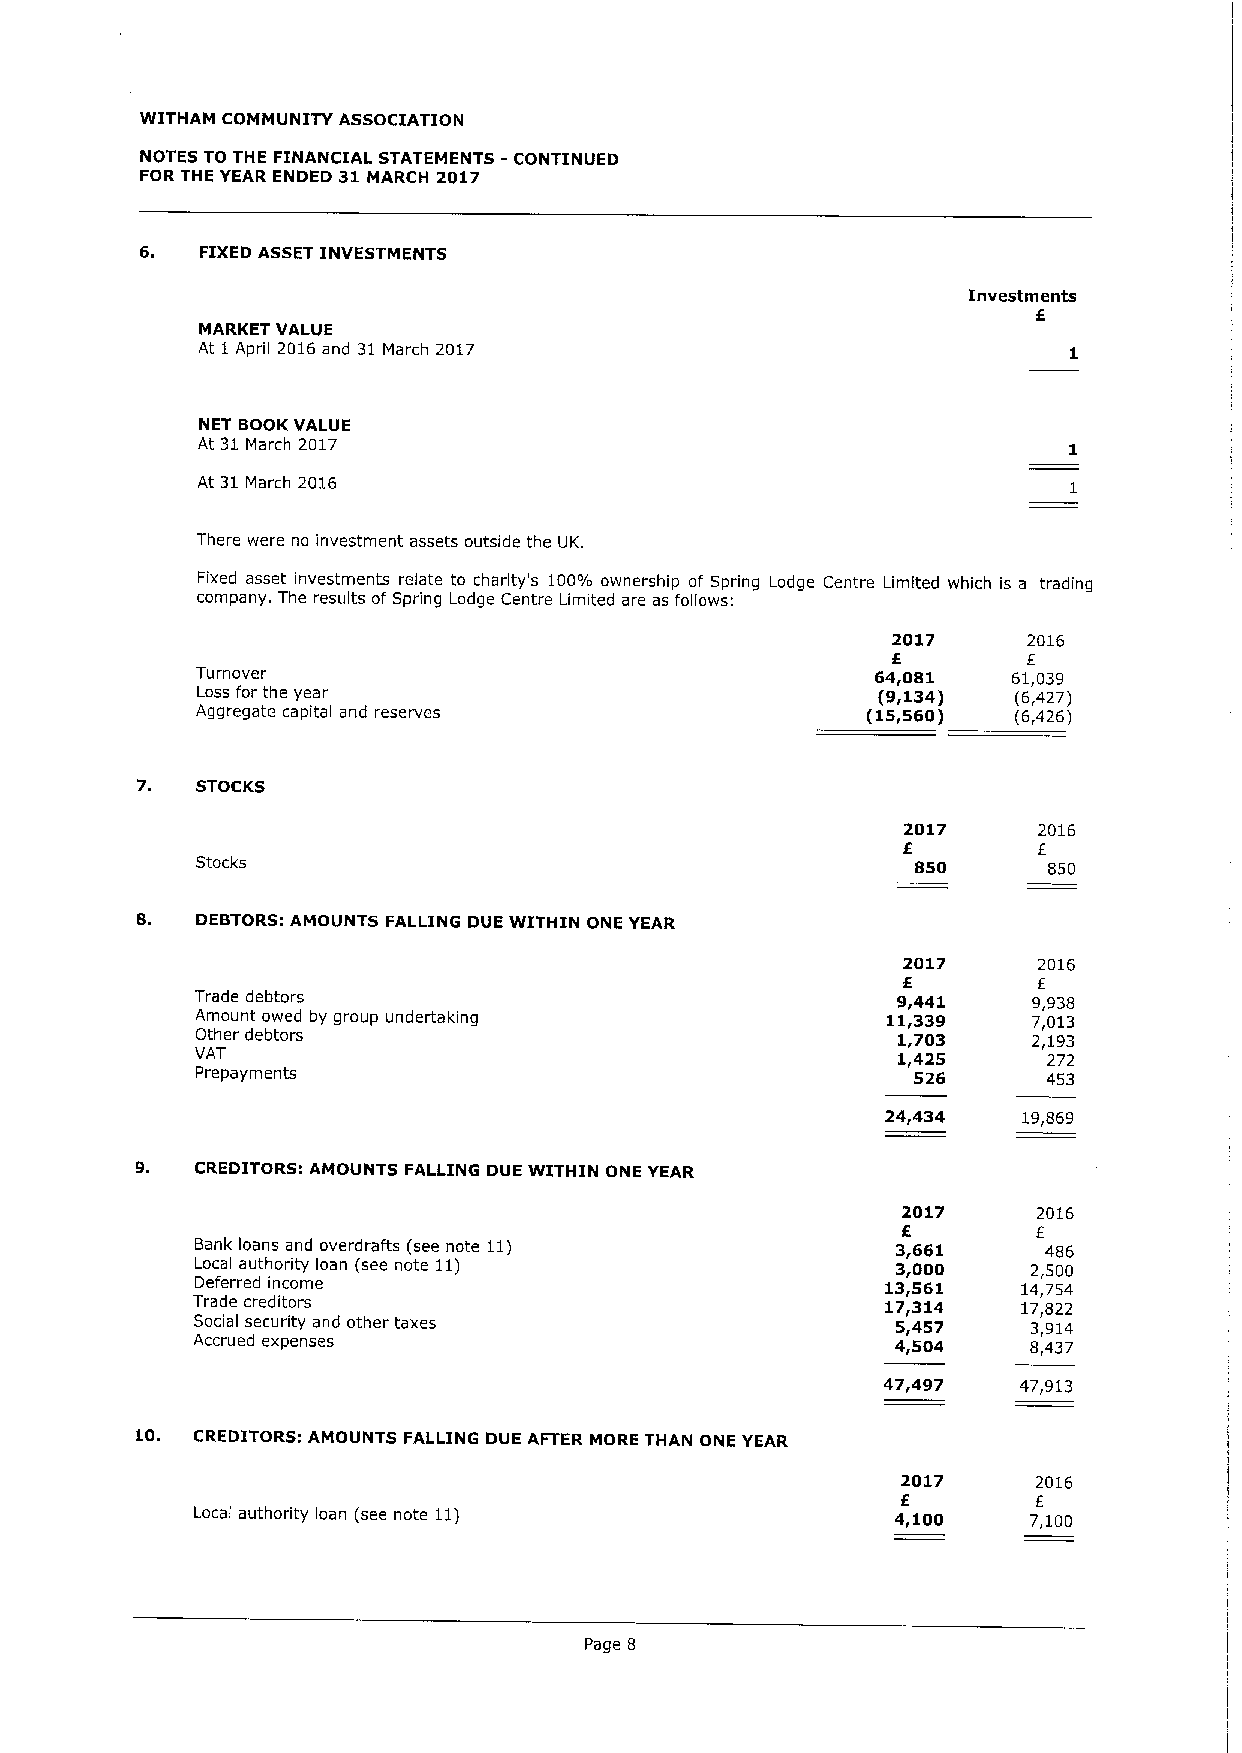
WITHAM COMMUNITY ASSOCIATION
 NOTES TO THE FINANCIAL STATEMENTS - CONTINUED
 FOR THE YEAR ENDED 31 MARCH 2017
 6.  FIXED ASSET INVESTMENTS
 Investments
 f
 MARKET VALUE
 At 1April 2016and 31 March 2017
 NET BOOK VALUE
 At 31March 2017
 At 31March 2016
 There were no investment assets outside the UK.
 Fixed asset investments relate to charity's 100% ownership of Spring Lodge Centre Limited which is a trading
 company. The results of Spring Lodge Centre Limited are as follows:
 2017     2016
 f
 Turnover                                     64,081   61,039
 Loss for the year                            (9,134)  (6,427)
 Aggregate capital and reserves              (15,560)  (6,426)
 7.  STOCKS
 2017     2016
 f        f
 Stocks                                          850     850
 8.  DEBTORS:AMOUNTS FALLING DUE WITHIN ONE YEAR
 2017     2016
 f        f
 Trade debtors                                 9,441    9,938
 Amount owed by group undertaking              11,339   7,013
 Other debtors                                 1,703    2,193
 VAT                                           1,425     272
 Prepayments                                    526      453
 24,434   19,869
 9.  CREDITORS: AMOUNTS FALLING DUE WITHIN ONE YEAR
 2017     2016
 f        f
 Bank loans and overdrafts (see note 11)       3,661     486
 Local authority loan (see note 11)            3,000    2,500
 Deferred income                               13,561   14,754
 Trade creditors                               17,314   17,822
 Social security and other taxes               5,457    3,914
 Accrued expenses                              4,504    8,437
 47,497   47,913
 10. CREDITORS: AMOUNTS FALLING DUE AFTER MORE THAN ONE YEAR
 2017     2016
 f        f
 Local authority loan (see note 11)            4,100    7,100
 Page 8